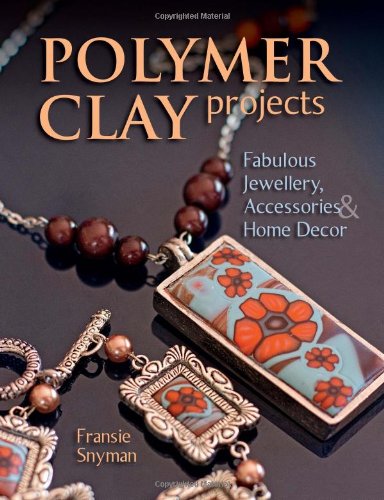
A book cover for Polymer Clay Projects: Fabulous Jewellery, Accessories, & Home Decor; Fransie Snyman; Crafts, Hobbies & Home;